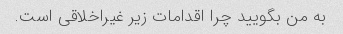
به من بگویید چرا اقدامات زیر غیراخلاقی است.